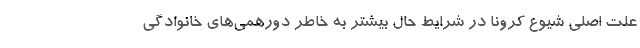
علت اصلی شیوع کرونا در شرایط حال بیشتر به خاطر دورهمی‌های خانوادگی